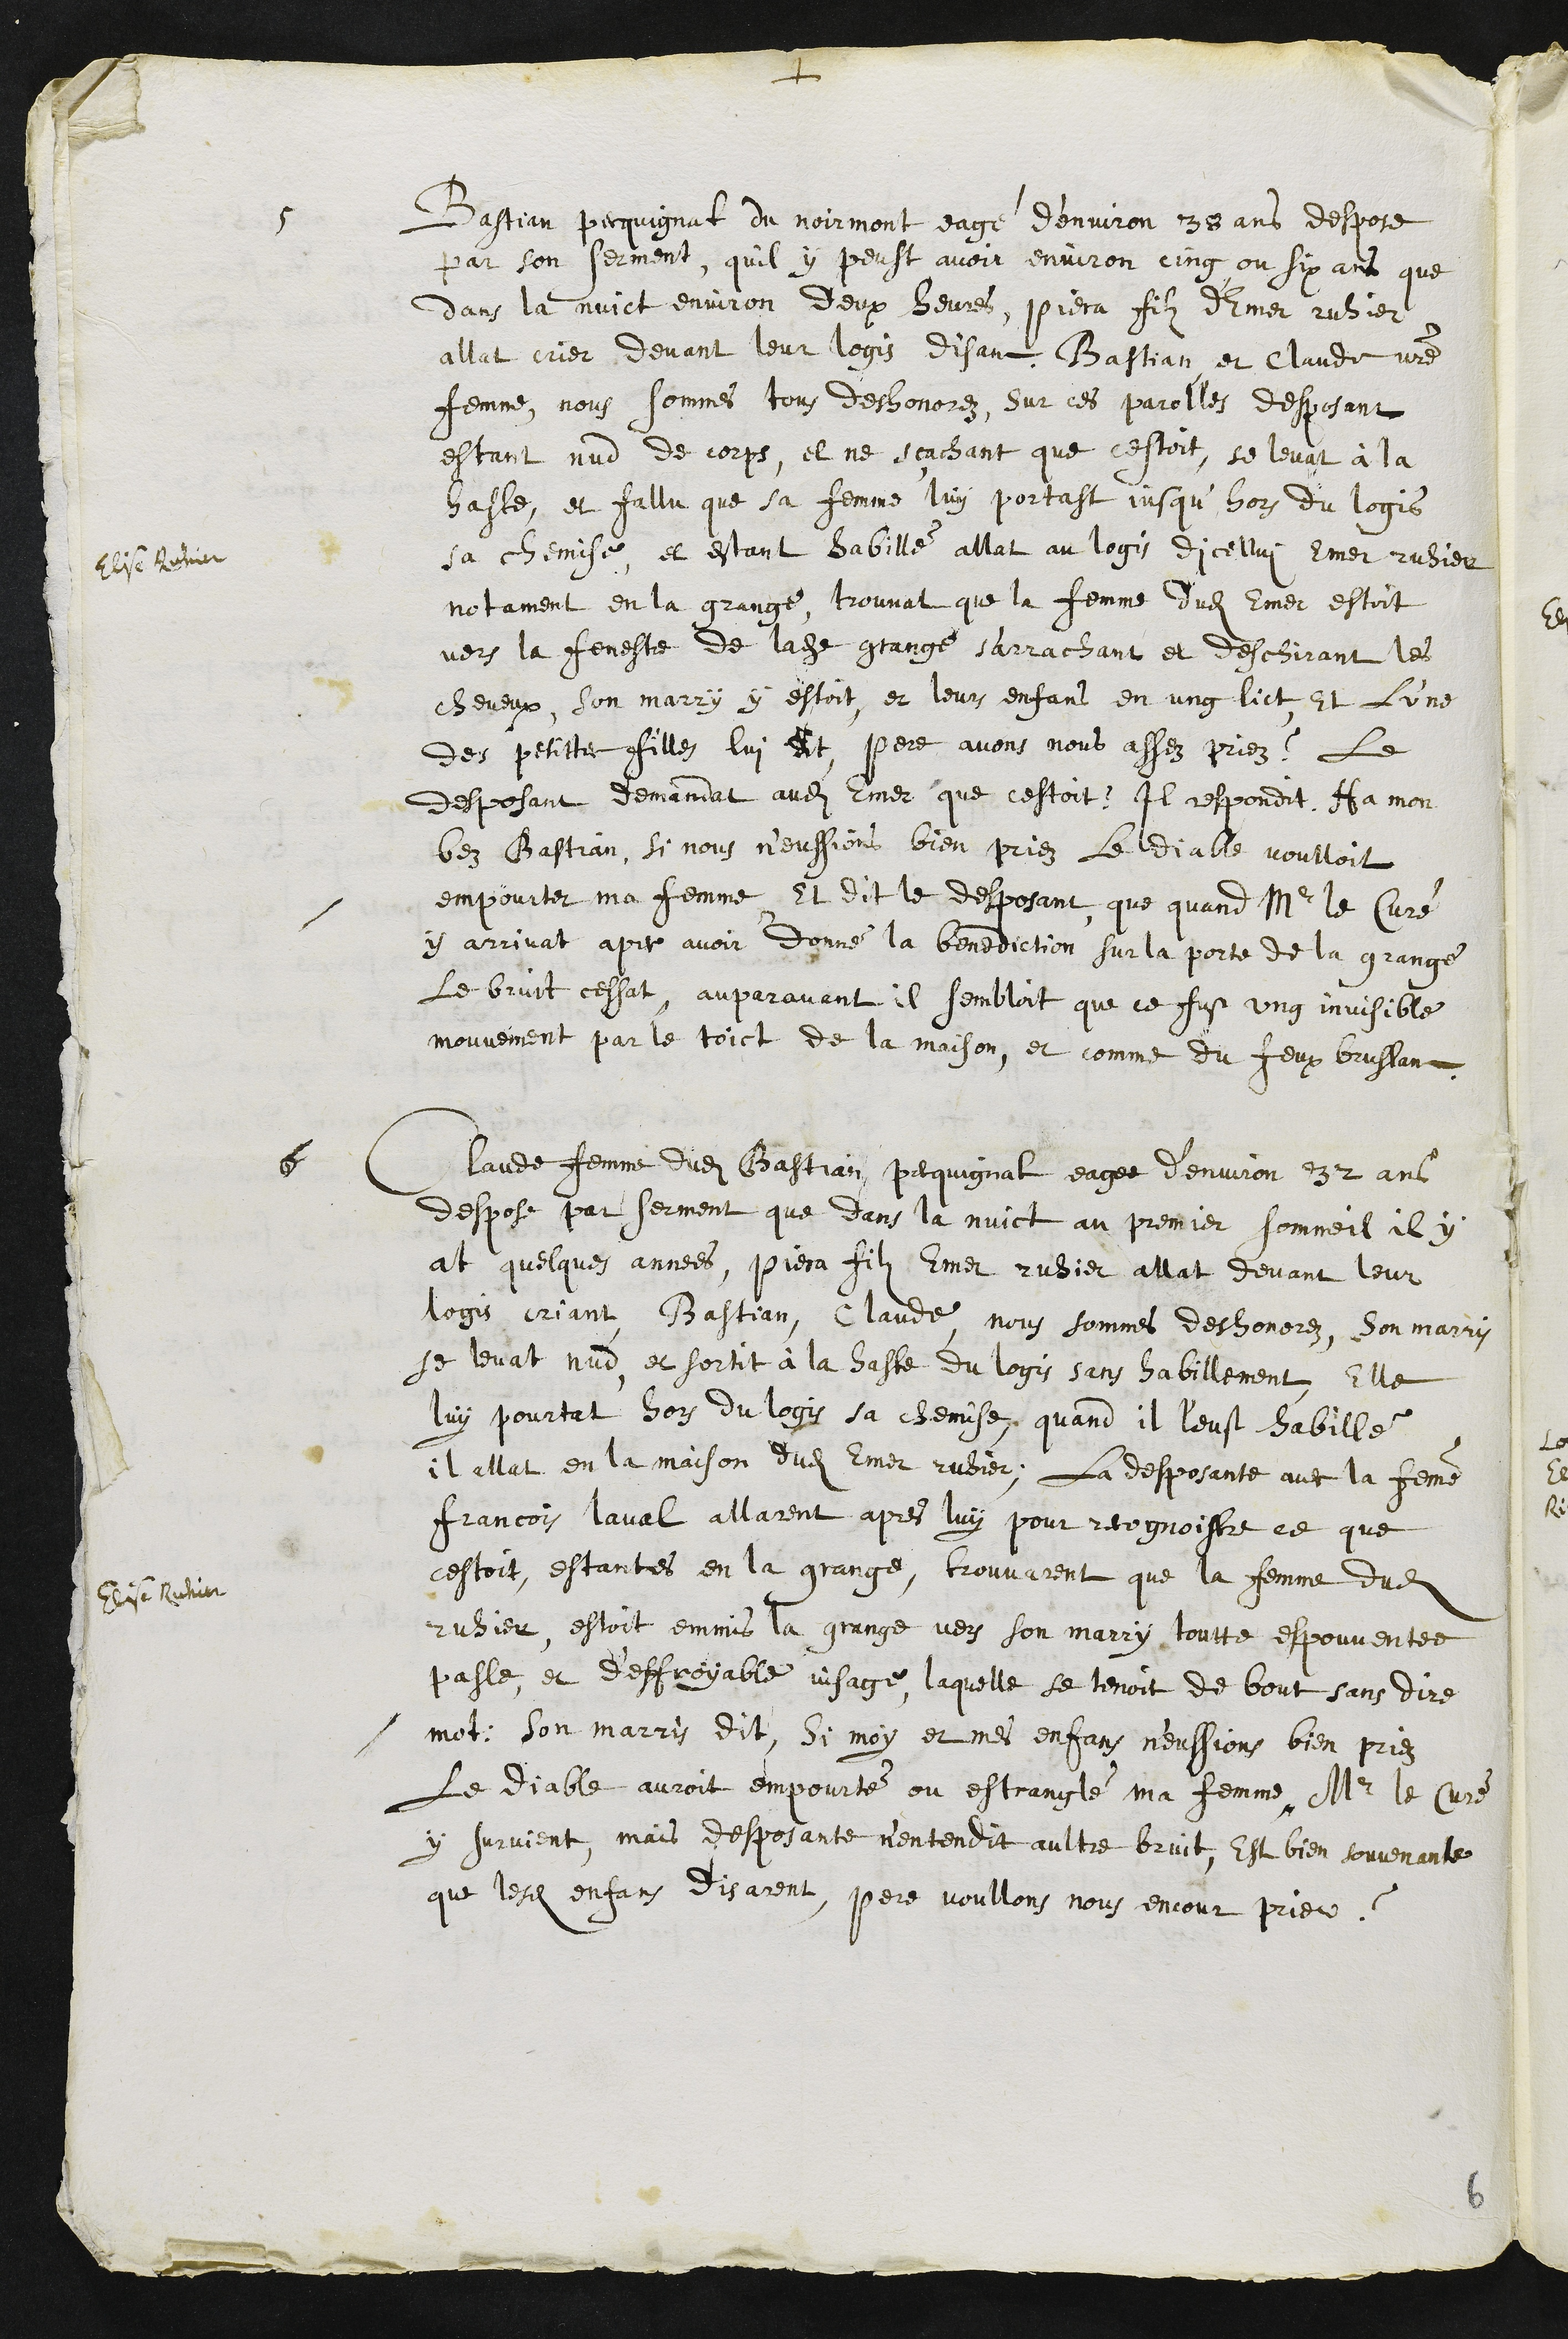
+
5
Bastian Pecquignat du Noirmont eagé d’environ 38 ans despose
par son serment, qu’il y peust avoir environ cinq ou six ans que
dans la nuict environ deux heures, Piera filz d'Emer ruhier
allat crier devant leur logis disant Bastian et Claude votre
femme, nous sommes tous deshonorez, sur ces parolles desposant
estant nud de corps, et ne sçachant que cestoit, se levat à la
haste, et fallu que sa femme luy portast jusqu’hors du logis
sa chemise et estant habillé allat au logis dicellui Emer ruhier
Elise Ruhier
notament en la grange, trouvat que la femme dudit Emer estoit
vers la feneste de ladite grange s'arrachant et deschirant les
cheveux, son marry y estoit, et leurs enfans en ung lict, Et l'une
des petittes filles lui dit, pere avons nous assez priez ? Le
desposant demandat audit Emer que cestoit ? Il respondit Ha mon
bez Bastian, si nous n'eussions bien priez, le Diable voulloit
empourter ma femme, Et dit le desposant que quand Mr le Curé
y arrivat apres avoir donné la benediction sur la porte de la grange
le bruit cessat, auparavant il sembloit que ce fust ung invisible
mouvement par le toict de la maison, et comme du feux bruslant
6
Claude femme dudit Bastian Pecquignat eagee d’environ 32 ans
despose par serment que dans la nuict au premier sommeil il y
at quelques annees, Piera filz Emer ruhier, allat devant leur
logis criant Bastian, Claude, nous sommes deshonorez, son maris
se levat nud et sortit à la haste du logis sans habillement, Elle
luy pourtat hors du logis sa chemise, quand il leust habillé
il allat en la maison dudit Emer ruhier, La desposante avec la femme
Francois laval allarent apres luy pour recognoistre ce que
cestoit, estantes en la grange, trouvarent que la femme dudit
Elise Ruhier
ruhier estoit emmis la grange vers son marry toutte espouvantee
pasle et d'effroyable visage, laquelle se tenoit de bout sans dire
mot, Son marry dit, si moy et mes enffans neussions bien priez
le diable auroit empourté ou estranglé ma femme, Mr le Curé
y survient, mais desposante n’entendit aultre bruit, Est bien souvenante
que lesdits enfans disarent, pere voullons nous encour prier ?
6